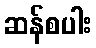
ဆန်စပါး